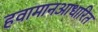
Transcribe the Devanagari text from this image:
हवामानआधारित